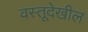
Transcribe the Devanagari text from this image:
वस्तूदेखील